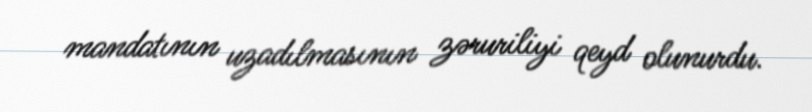
mandatının uzadılmasının zəruriliyi qeyd olunurdu.